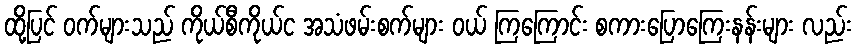
ထို့ပြင် ဝက်များသည် ကိုယ်စီကိုယ်င အသံဖမ်းစက်များ ဝယ် ကြကြောင်း စကားပြောကြေးနန်းများ လည်း